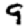
Digit: 9